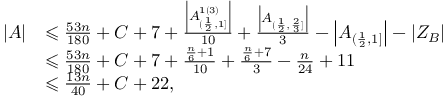
\begin{array} { r l } { | A | } & { \leqslant \frac { 5 3 n } { 1 8 0 } + C + 7 + \frac { \left| A _ { ( \frac { 1 } { 2 } , 1 ] } ^ { 1 ( 3 ) } \right| } { 1 0 } + \frac { \left| A _ { ( \frac { 1 } { 2 } , \frac { 2 } { 3 } ] } \right| } { 3 } - \left| A _ { ( \frac { 1 } { 2 } , 1 ] } \right| - \left| Z _ { B } \right| } \\ & { \leqslant \frac { 5 3 n } { 1 8 0 } + C + 7 + \frac { \frac { n } { 6 } + 1 } { 1 0 } + \frac { \frac { n } { 6 } + 7 } { 3 } - \frac { n } { 2 4 } + 1 1 } \\ & { \leqslant \frac { 1 3 n } { 4 0 } + C + 2 2 , } \end{array}